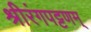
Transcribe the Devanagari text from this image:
श्रीरंगपट्टणम्